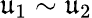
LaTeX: \mathfrak{u}_{1}\sim\mathfrak{u}_{2}